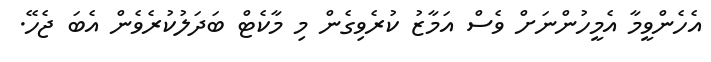
އެހެންވީމާ އެމީހުންނަށް ވެސް އަމާޒު ކުރެވިގެން މި މާކެޓް ބަދަލުކުރެވެން އެބަ ޖެހޭ.